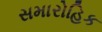
સમારોહિક